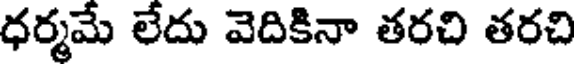
ధర్మమే లేదు వెదికినా తరచి తరచి